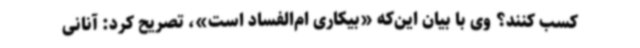
کسب کنند؟ وی با بیان این‌که «بیکاری ام‌الفساد است»، تصریح کرد: آنانی